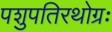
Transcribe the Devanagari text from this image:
पशुपतिरथोग्रः